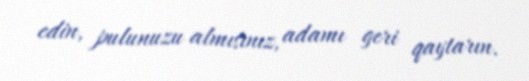
edin, pulunuzu almısınız, adamı geri qaytarın.